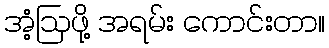
အံ့ဩဖို့ အရမ်း ကောင်းတာ။